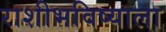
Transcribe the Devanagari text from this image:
राशीभविष्याला